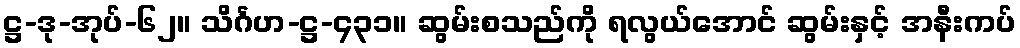
ဋ္ဌ-ဒု-အုပ်-၆၂။ သိင်္ဂဟ-ဋ္ဌ-၄၃၁။ ဆွမ်းစသည်ကို ရလွယ်အောင် ဆွမ်းနှင့် အနီးကပ်